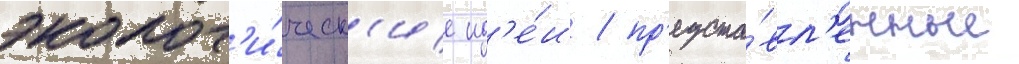
эколог'и́ческ'ие ид'е́и / пр'едста́вл'енные